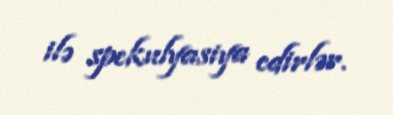
ilə spekulyasiya edirlər.